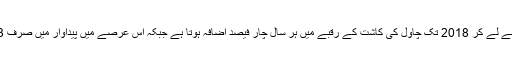
انہوں نے بتایا کہ 1947 سے لے کر 2018 تک چاول کی کاشت کے رقبے میں ہر سال چار فیصد اضافہ ہوتا ہے جبکہ اس عرصے میں پیداوار میں صرف 13 فیصد اضافہ ہو سکا ہے۔